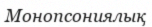
Монопсониялық